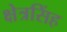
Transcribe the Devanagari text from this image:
क्षेत्रसिंह